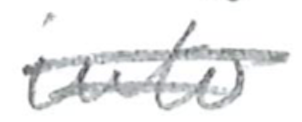
Text: into
Cross-out: mix
Writing tool: pencil